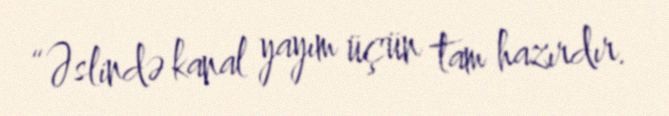
“Əslində kanal yayım üçün tam hazırdır.